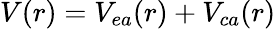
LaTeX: V(r)=V_{ea}(r)+V_{ca}(r)